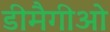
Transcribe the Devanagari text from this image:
डीमैगीओ